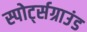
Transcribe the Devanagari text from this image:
स्पोर्ट्सग्राउंड